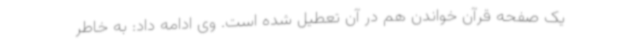
یک صفحه قرآن خواندن هم در آن تعطیل شده است. وی ادامه داد: به خاطر